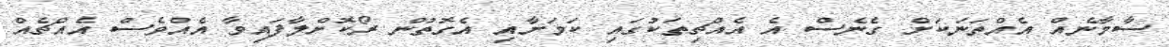
ސާމާނެއް އެއްތަނަކަށް ގެނެސް އެ އެއްޗިތަކުގައި ކަމަށާއި އެގޮތުން ރޯކޮށްލާފައިވާ އެއްވެސް އެއްޗެއް